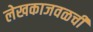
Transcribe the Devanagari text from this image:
लेखकाजवळची